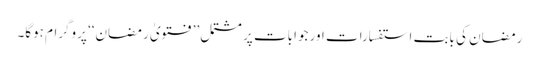
رمضان کی بابت استفسارات اور جوابات پر مشتمل ’’فتویٰ رمضان‘‘ پروگرام ہوگا۔